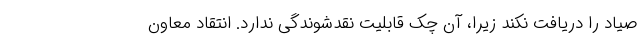
صیاد را دریافت نکند زیرا، آن چک قابلیت نقدشوندگی ندارد. انتقاد معاون